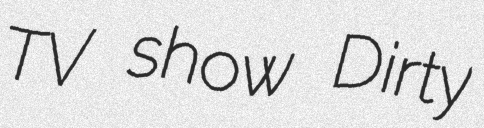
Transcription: TV show Dirty